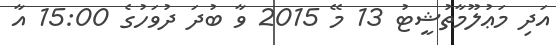
އަދި މަޢުލޫމާތުޝީޓު 13 މޭ 2015 ވާ ބުދަ ދުވަހުގެ 15:00 އާ